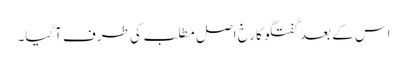
اس کے بعد گفتگو کا رخ اصل مطلب کی طرف آگیا۔